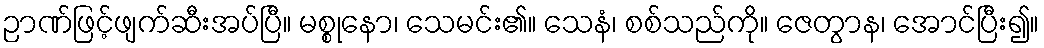
ဉာဏ်ဖြင့်ဖျက်ဆီးအပ်ပြီ။ မစ္စုနော၊ သေမင်း၏။ သေနံ၊ စစ်သည်ကို။ ဇေတွာန၊ အောင်ပြီး၍။